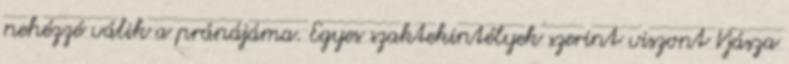
nehézzé válik a pránájáma. Egyes szaktekintélyek szerint viszont Vjásza